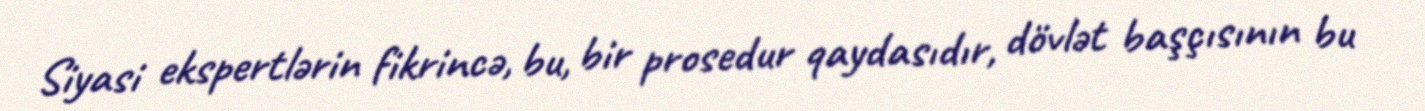
Siyasi ekspertlərin fikrincə, bu, bir prosedur qaydasıdır, dövlət başçısının bu